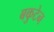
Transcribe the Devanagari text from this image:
बकुटेन